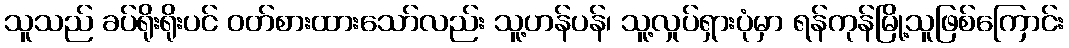
သူသည် ခပ်ရိုးရိုးပင် ဝတ်စားထားသော်လည်း သူ့ဟန်ပန်၊ သူ့လှုပ်ရှားပုံမှာ ရန်ကုန်မြို့သူဖြစ်ကြောင်း